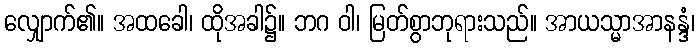
လျှောက်၏။ အထခေါ၊ ထိုအခါ၌။ ဘဂ ဝါ၊ မြတ်စွာဘုရားသည်။ အာယသ္မာအာနန္ဒံ၊